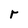
Character: r